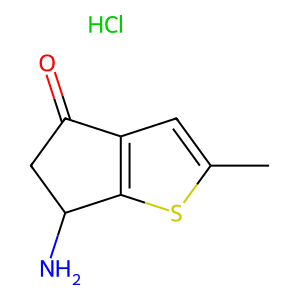
SMILES: Cc1cc2c(s1)C(N)CC2=O.Cl
Inhibits HIV replication: No